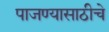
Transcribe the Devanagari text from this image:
पाजण्यासाठीचे